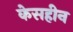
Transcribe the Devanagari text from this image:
केसहीन